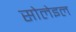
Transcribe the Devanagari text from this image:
सोलेइल